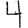
Digit: 4